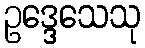
ဥဒ္ဒေသေသု